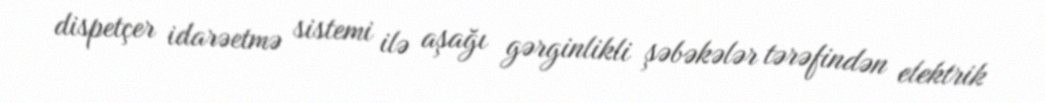
dispetçer idarəetmə sistemi ilə aşağı gərginlikli şəbəkələr tərəfindən elektrik